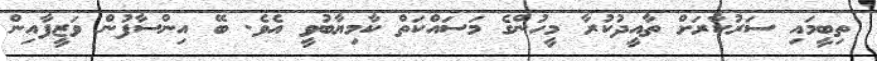
ތިބީމައި ސަރުކާރަށް ތާއީދުކުރާ މީހުންގެ މަސައްކަތް ކާމިޔާބުވީ އެވެ. ބޭ އިންސާފުން ވަޒީފާއިން